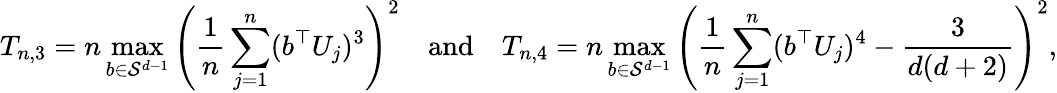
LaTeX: T_{n,3}=n\operatorname*{max}_{b\in\mathcal{S}^{d-1}}\left(\frac 1n\sum_{j=1}^{n}(b^{\top}U_{j})^{3}\right)^{2}\quad\mathrm{and}\quad T_{n,4}=n\operatorname*{max}_{b\in\mathcal{S}^{d-1}}\left(\frac 1n\sum_{j=1}^{n}(b^{\top}U_{j})^{4}-\frac 3{d(d+2)}\right)^{2},